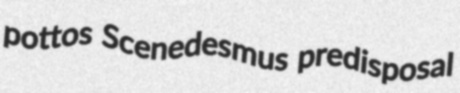
pottos Scenedesmus predisposal